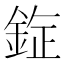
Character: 𰼯